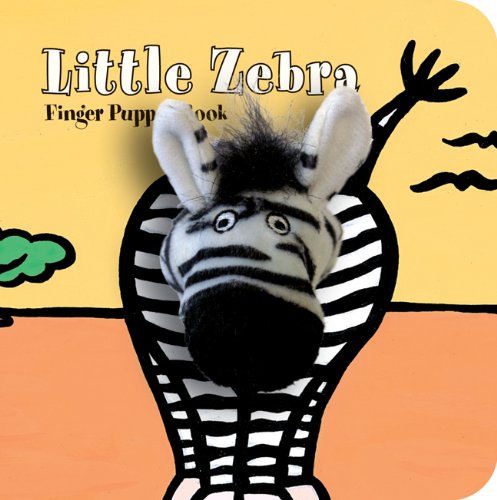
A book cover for Little Zebra: Finger Puppet Book (Little Finger Puppet Board Books); ImageBooks; Children's Books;